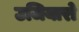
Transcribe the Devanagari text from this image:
उजियारो